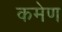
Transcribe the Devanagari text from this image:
कमेण